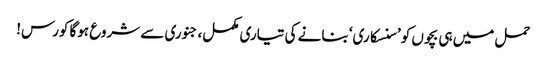
حمل میں ہی بچوں کو ’سنسکاری‘ بنانے کی تیاری مکمل، جنوری سے شروع ہوگا کورس!